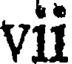
vii